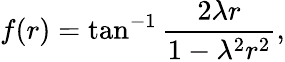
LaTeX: f(r)=\tan^{-1}\frac{2\lambda r}{1-\lambda^{2}r^{2}},